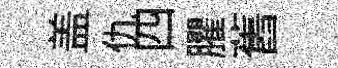
盖仇四臞舊